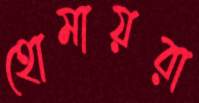
হোমায়রা